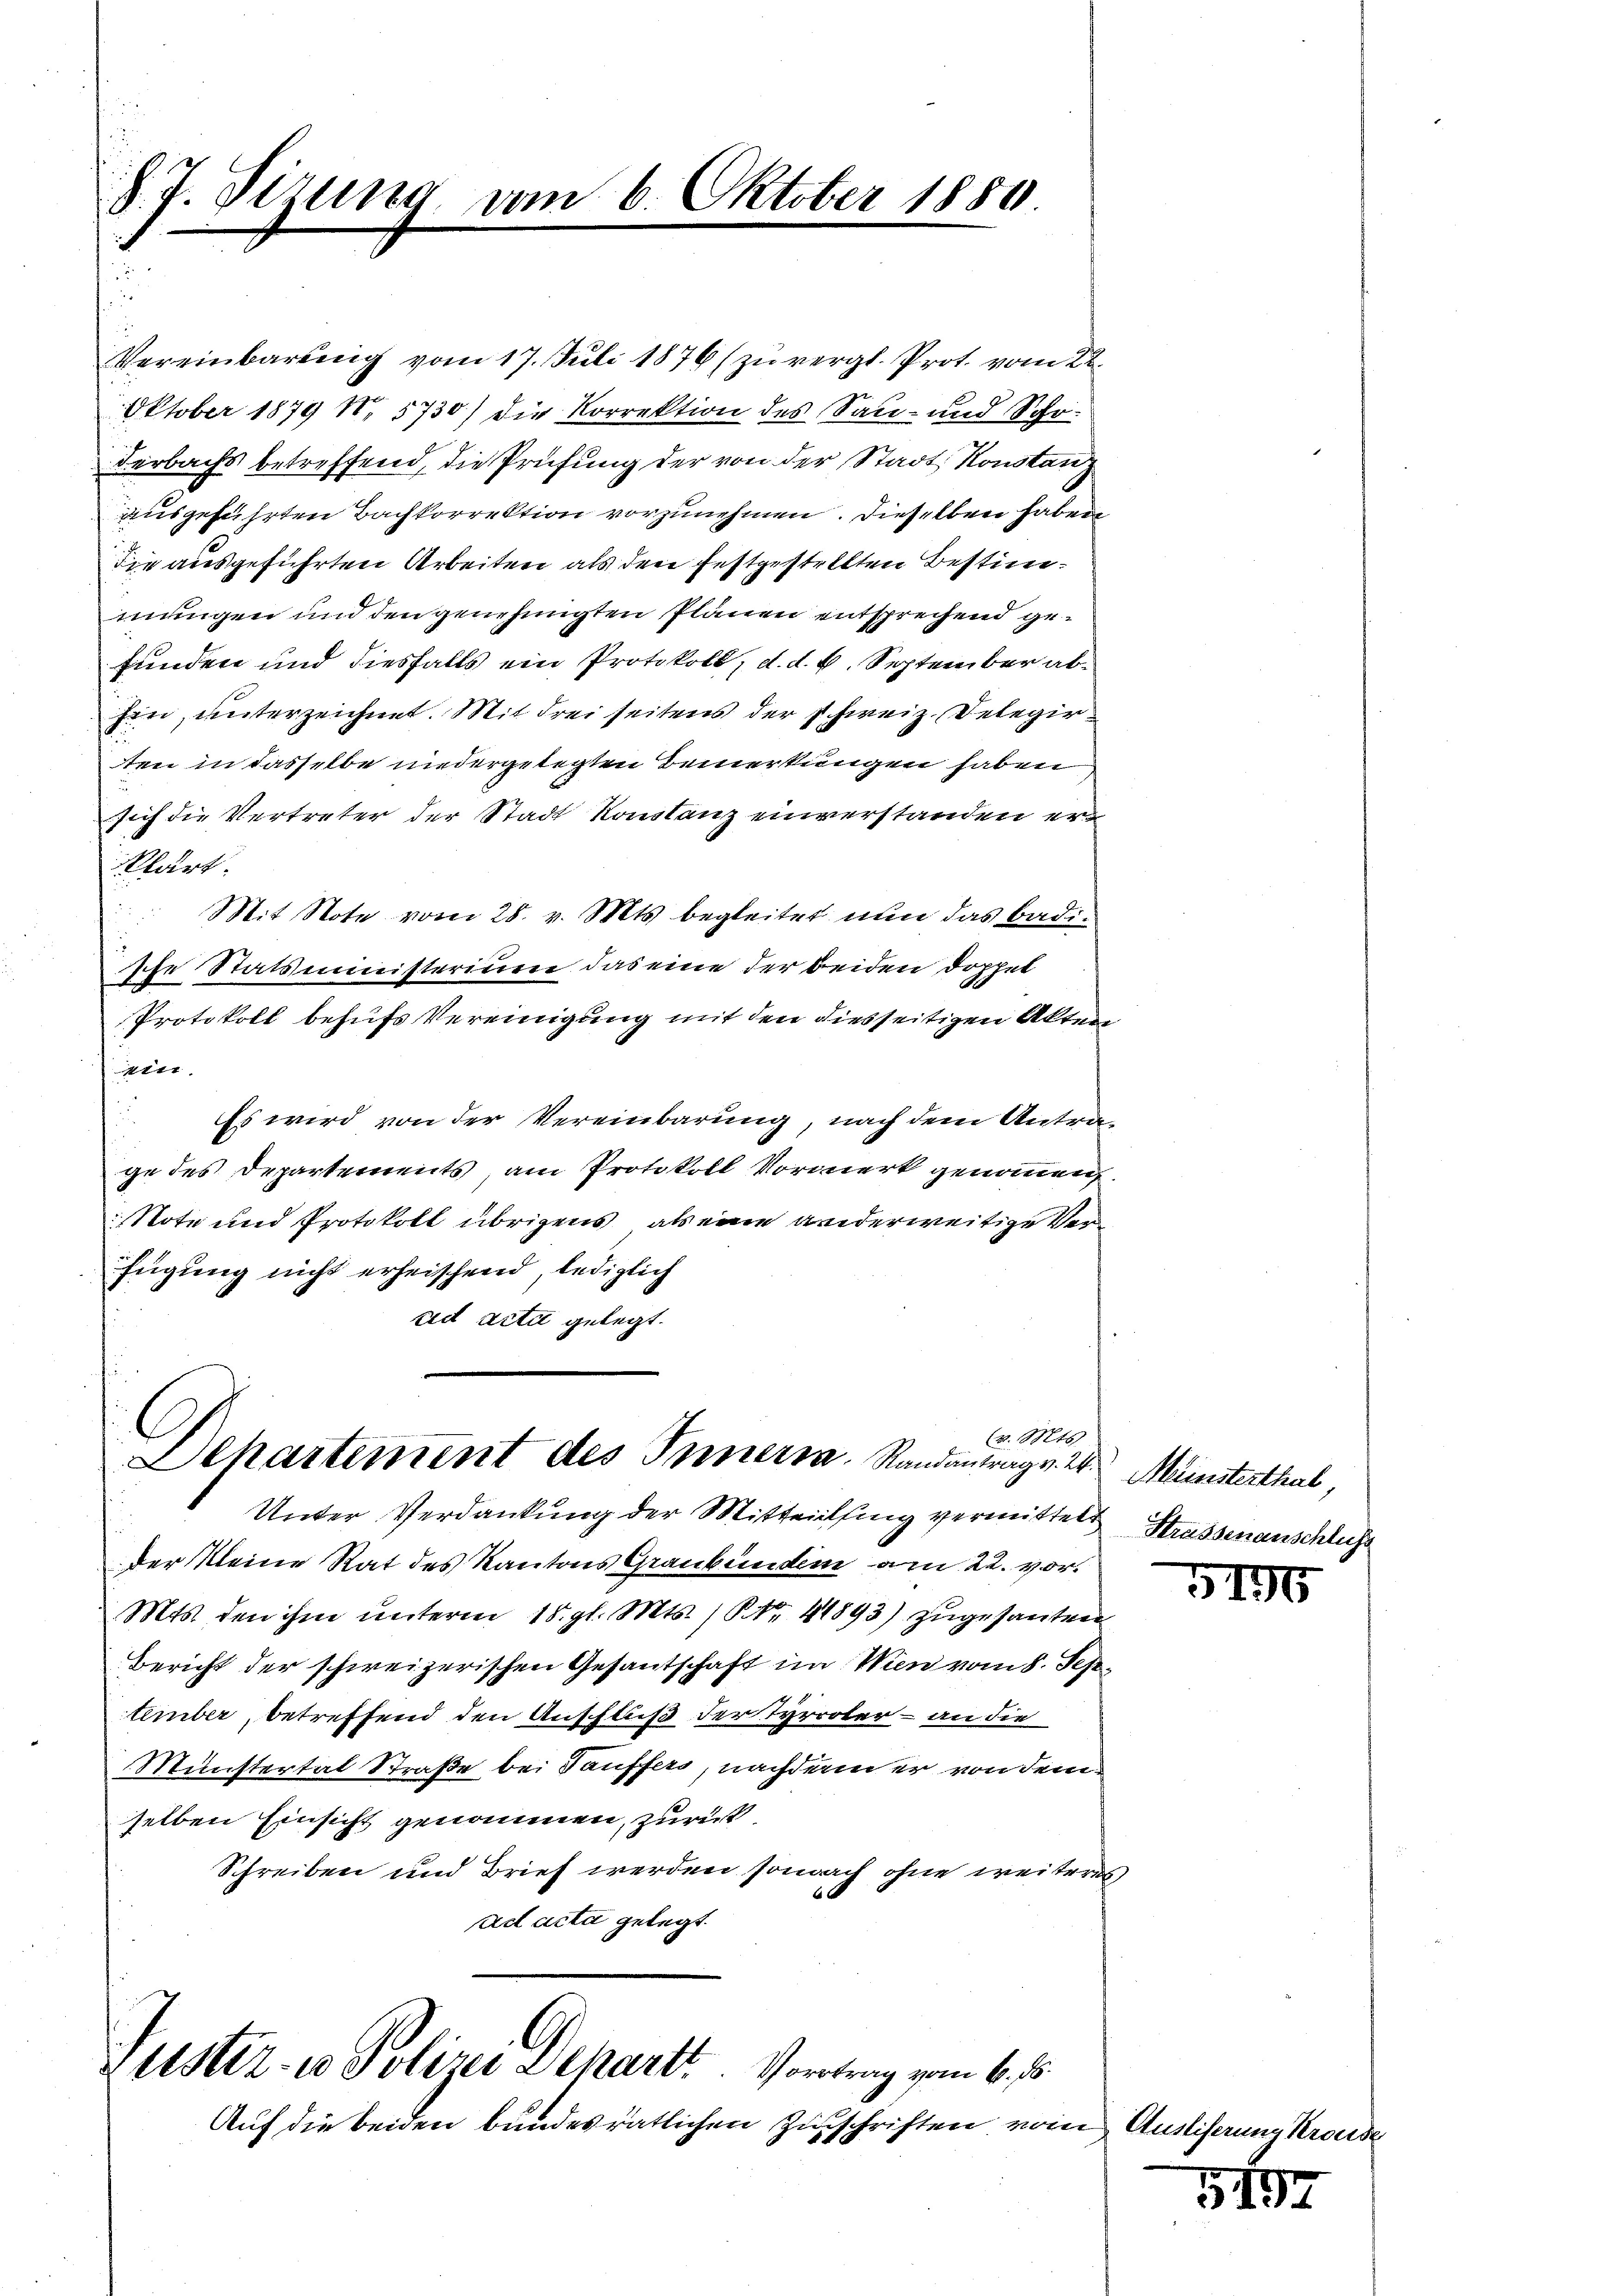
§. 7. Sizung vom 6. Oktober 1880

Vereinbarŭng vom 17. Juli 1876 ( zŭ vergl. Prot. vom 22.
Oktober 1879 N. 5730) die Korrektion des San- und Schrderbachs betreffend, die Prüfung der von der Stadt Konstanz
ausgeführten Bachkorrektion vorzunehmen. Dieselben haben
die ausgeführten Arbeiten als den festgestellten Bestimmungen und den genehmigten Plänen entsprechend gefunden und diesfalls ein Protokoll, d. d. 6. September abhin, unterzeichnet. Mit drei seitens der schweiz. Delegirten in dasselbe niedergelegten Bemerkungen haben
sich die Vertreter der Stadt Konstanz einverstanden erklärt.
 Mit Note vom 28. v. Mts. begleitet nun das Badische Statsministeriume das eine der beiden Doppel
Protokoll behufs Vereinigung mit den diesseitigen Altenein
Es wird von der Vereinbarung, nach dem Antrage des Departements am Protokoll Vormerk genommen,
Note und Protokoll übrigens, als eine anderweitige Verfügung nicht erheischend, lediglich
ad acti gelegt.

(v. Mts.
Departement des Innern. Randantrag v. 24. Meinsterthal,

Unter Verdankung der Mittelfing vermittelt Strassenenschliche
der Meine Rat des Kantons Graubünden am 22. vor.
Mts. den ihm ŭnterm 18. gl. Mts. / Nr. 41893) zŭgesanten
Bericht der schweizerischen Gesantschaft im Wien vom 8. September, betreffend den Ausfluß der Tyroler - an die
Ministertal Straße bei Tauffers, nachdem er von dem
selben Einsicht genommen, zurück
Schreiben und Brief werden sonach ohne weiteres
n
ad acta gelegt.

Justiz- u Polizei Depart. Vortrag vom 6. ds.

Auf die beiden bundesrätlichen Zuschriften vom Ausliserung Krouse

5190

5197